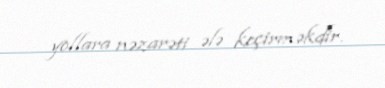
yollara nəzarəti ələ keçirməkdir.